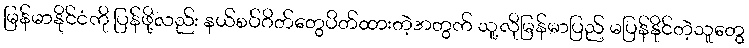
မြန်မာနိုင်ငံကို ပြန်ဖို့လည်း နယ်စပ်ဂိတ်တွေပိတ်ထားတဲ့အတွက် သူ့လိုမြန်မာပြည် မပြန်နိုင်တဲ့သူတွေ